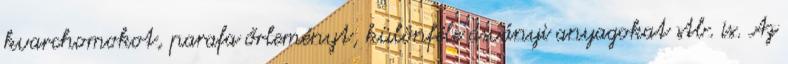
kvarchomokot, parafa őrleményt, különféle ásványi anyagokat stb. is. Az